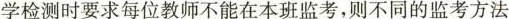
学检测时要求每位教师不能在本班监考，则不同的监考方法